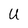
Character: U